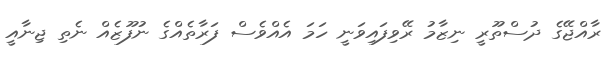
ރާއްޖޭގެ ދުސްތޫރީ ނިޒާމު ރޭވިފައިވަނީ ހަމަ އެއްވެސް ފަރާތެއްގެ ނުފޫޒެއް ނެތި ޖިނާއީ